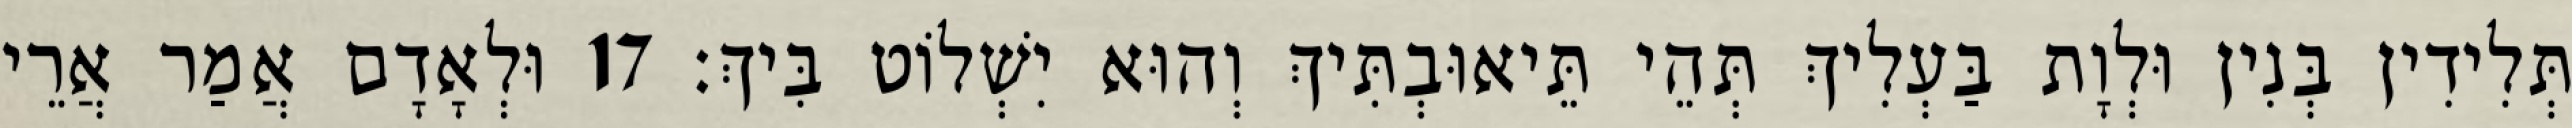
תְּלִידִין בְּנִין וּלְוָת בַּעְלִיךְ תְּהֵי תֵּיאוּבְתִּיךְ וְהוּא יִשְׁלוֹט בִּיךְ׃ 17 וּלְאָדָם אֲמַר אֲרֵי